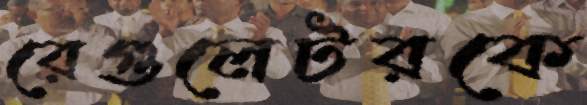
রেগুলেটরকে